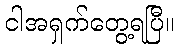
ငါအရှက်တွေ့ရပြီ။